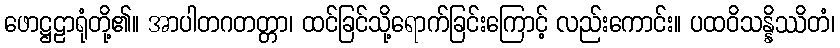
ဖောဋ္ဌဠာရုံတို့၏။ အာပါတဂတတ္တာ၊ ထင်ခြင်သို့ရောက်ခြင်းကြောင့် လည်းကောင်း။ ပထဝိသန္နိဿိတံ၊